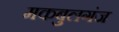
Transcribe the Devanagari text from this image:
मकबुलगंज